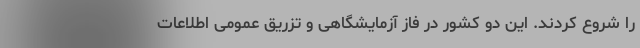
را شروع کردند. این دو کشور در فاز آزمایشگاهی و تزریق عمومی اطلاعات